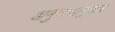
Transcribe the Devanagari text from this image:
अनुमानांनुसार